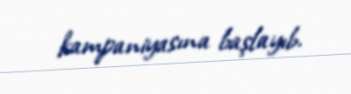
kampaniyasına başlayıb.